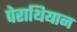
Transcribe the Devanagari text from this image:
पेराथियान